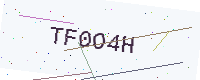
Text: TF0O4H